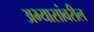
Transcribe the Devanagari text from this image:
अभ्यासांवरील